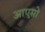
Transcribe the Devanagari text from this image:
आएसो